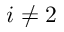
i \neq 2